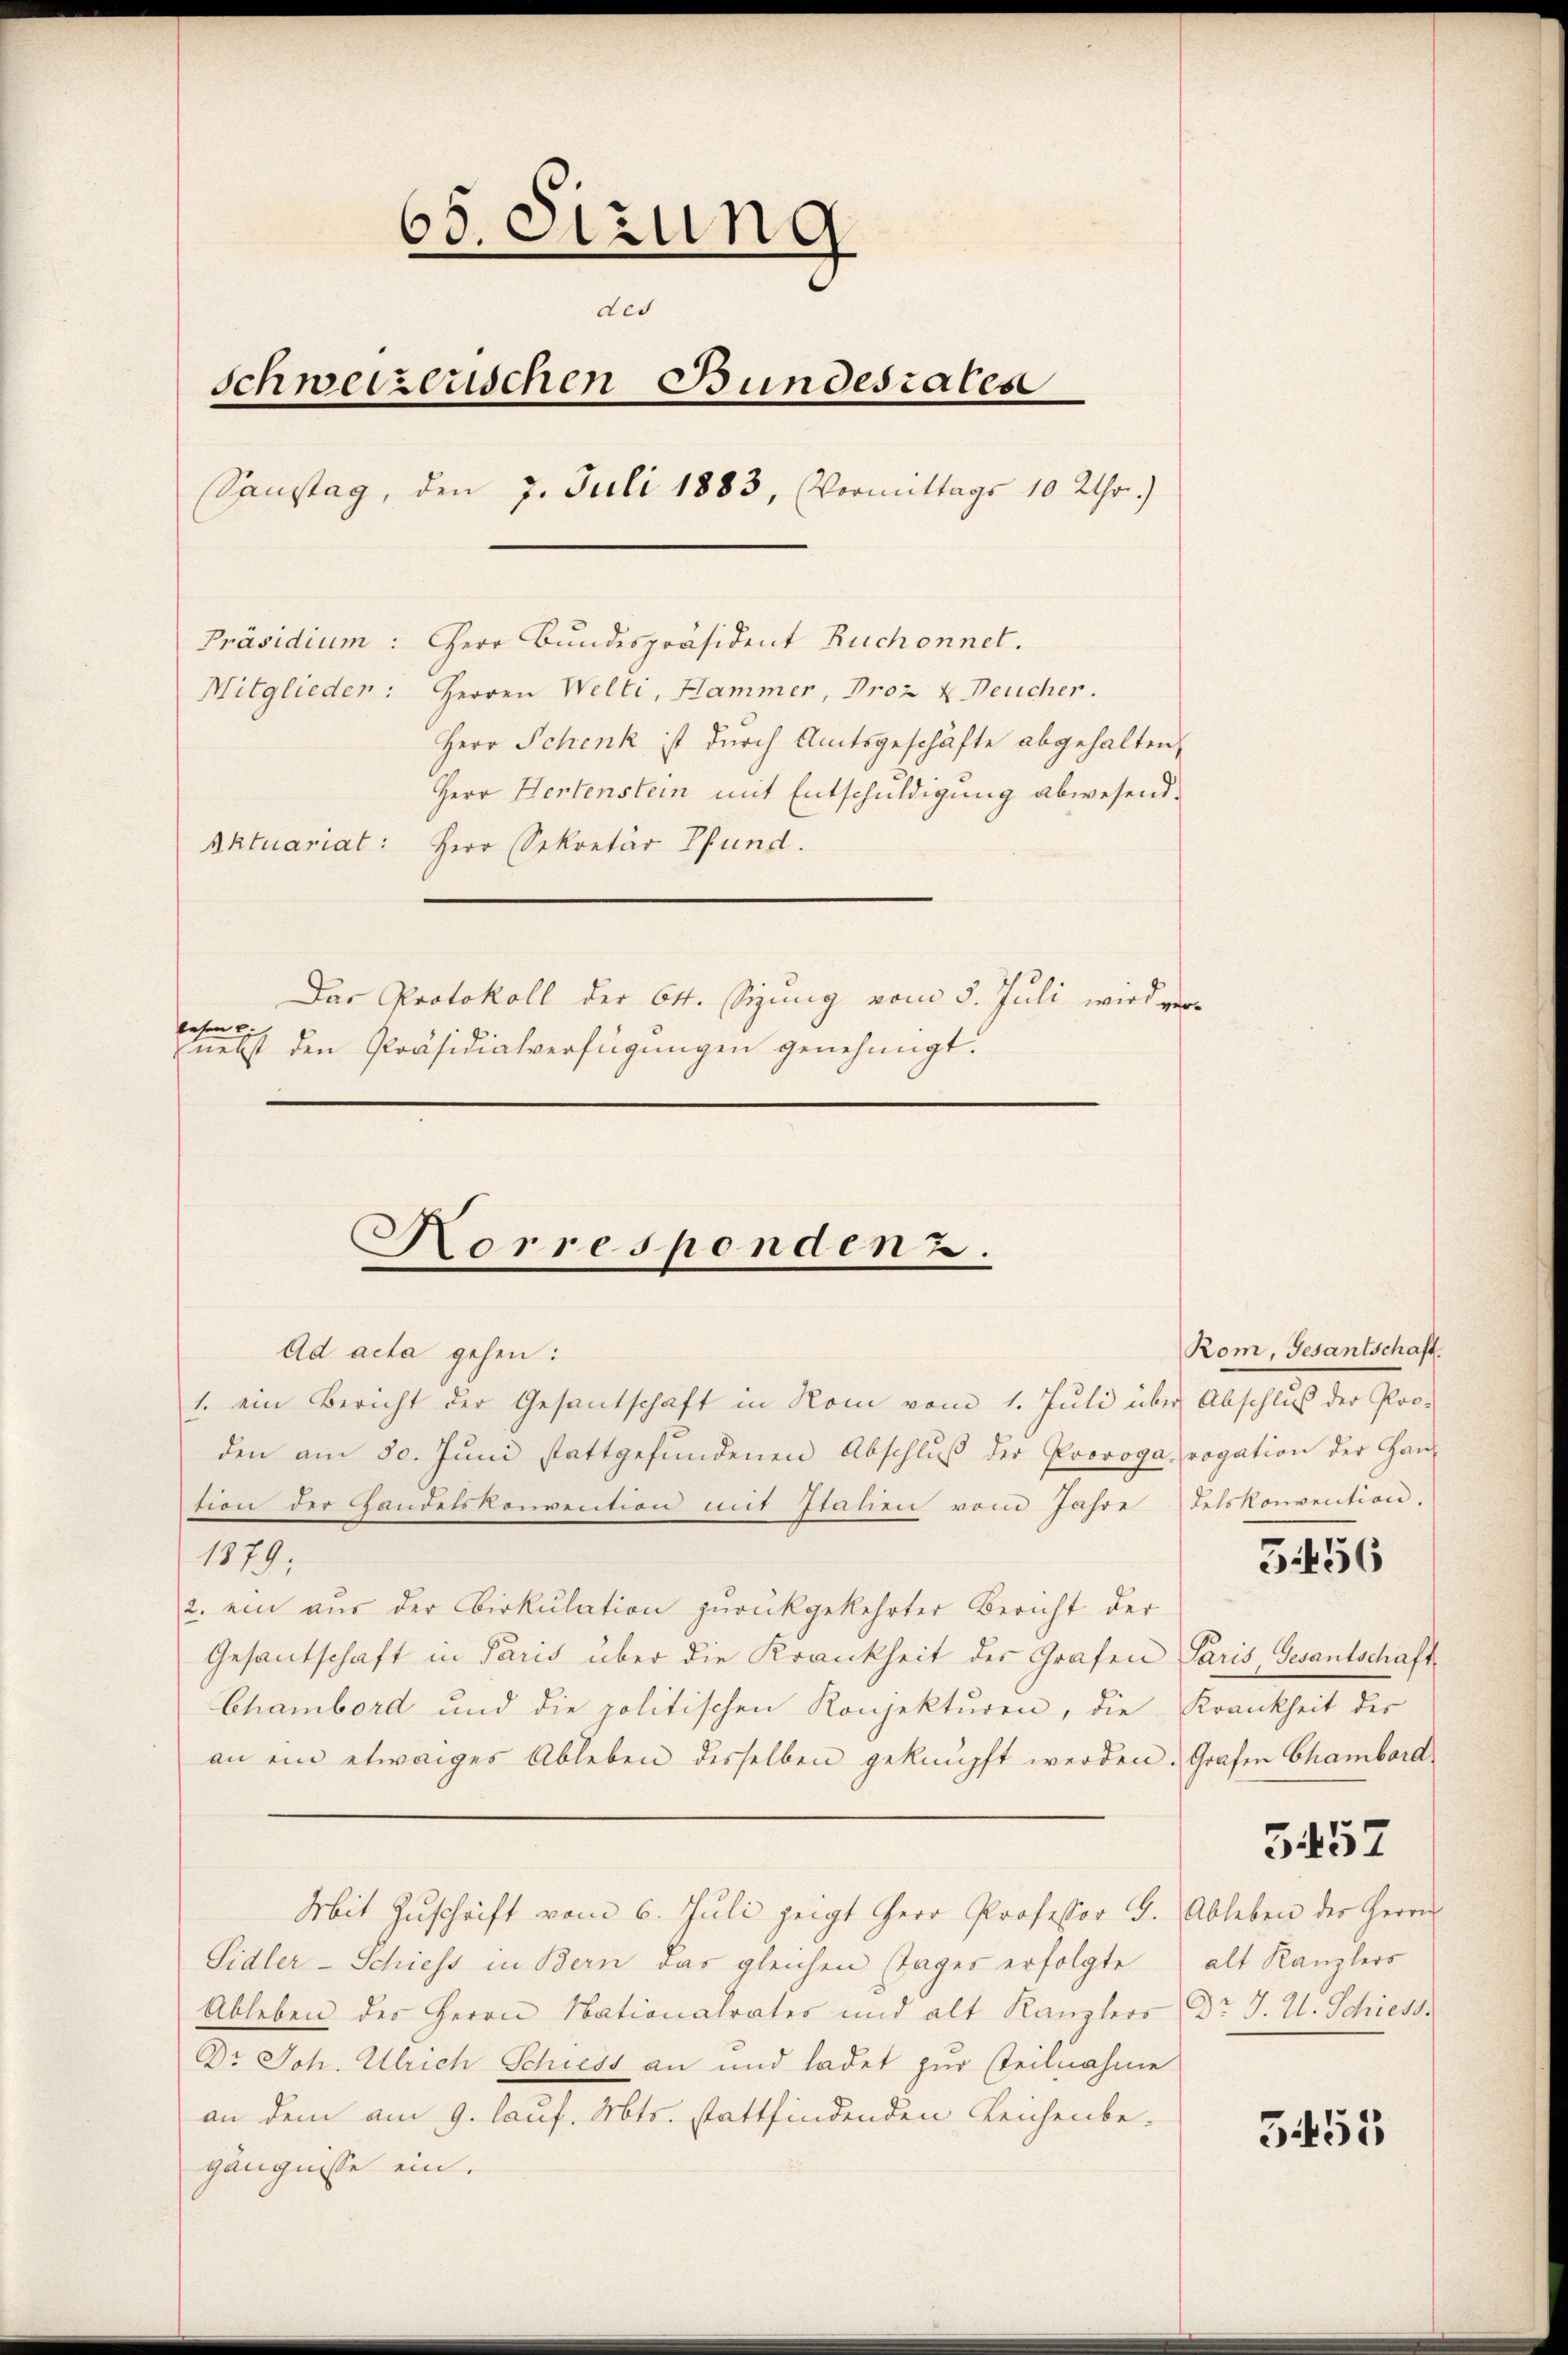
65. Sizung
des
schweizerischen Bundesrates
Sanstag, den 7. Juli 1883, Vormittags 10 Uhr.)
Präsidium: Herr Bundespräsident Ruchonnet.
Mitglieder: Herren Welti, Hammer, Proz & Deucher.
Herr Schenk ist durch Amtsgeschäfte abgehalten,
Herr Hertenstein mit Entschuldigung abwesend.
Aktuariat: Herr Sekretär Pfund
Das Protokoll der 64. Sizung vom 5. Juli wird versesen si
nebst den Präsidialverfügungen genehmigt.

Horresponden 2.

Ad acta gehen:
1. ein Bericht der Gesandschaft in Rom vom 1. Jŭli über Abschluß der Pro-
den am 30. Jŭni stattgefŭndenen Abschlŭβ der Provoga rogation der Han
sion der Handelskonvention mit Italien vom Jahre Felskonvention.
1879;
2. ein aus der Cirkulation zurückgekehrter Bericht der
Gesantschaft in Paris über die Krankheit der Grafen Paris, Gesantschaft
Chambord und die politischen Konjekturen, die Krankheit der
an ein etwaiges Ableben desselben geknüpft werden. Grafen Chambord
Mit Zŭschrift vom 6. Juli zeigt Herr Professor H. Ableben der Herrn
Sidler-Schiess in Bern das gleichen Tages erfolgte
Ableben des Herrn Nationalrates und alt Kanzlers Dr J. U. Schiess
Dr Joh. Ulrich Schiess an und ladet zur teilnahme
an dem am 9. lauf. Mts. stattfindenden Leichenbe-
gängnisse ein.

Rom, Gesantschaft.

51456

5457

alt Kanzlers

3453